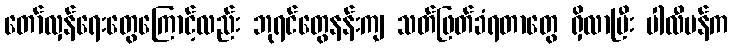
တော်လှန်ရေးတွေကြောင့်လည်း ဘုရင်တွေနန်းကျ သတ်ဖြတ်ခံရတာတွေ ရှိလာပြီး ပါလီမန်က